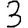
Digit: 3